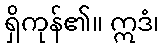
ရှိကုန်၏။ ဣဒံ၊